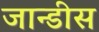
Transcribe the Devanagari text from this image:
जान्डीस